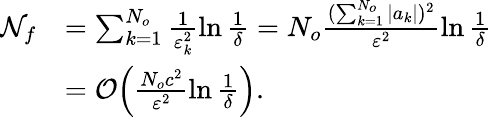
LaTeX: \begin{array}{rl}{\mathcal{N}_{f}}&{=\sum_{k=1}^{N_{o}}\frac{1}{\varepsilon_{k}^{2}}\ln\frac{1}{\delta}=N_{o}\frac{(\sum_{k=1}^{N_{o}}|a_{k}|)^{2}}{\varepsilon^{2}}\ln\frac{1}{\delta}}\\ &{=\mathcal{O}\Big(\frac{N_{o}c^{2}}{\varepsilon^{2}}\ln\frac{1}{\delta}\Big).}\end{array}